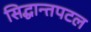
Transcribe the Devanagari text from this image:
सिद्धान्तपटल